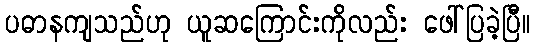
ပဓာနကျသည်ဟု ယူဆကြောင်းကိုလည်း ဖေါ်ပြခဲ့ပြီ။